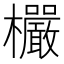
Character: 欕